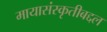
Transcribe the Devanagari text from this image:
मायासंस्कृतीबद्दल